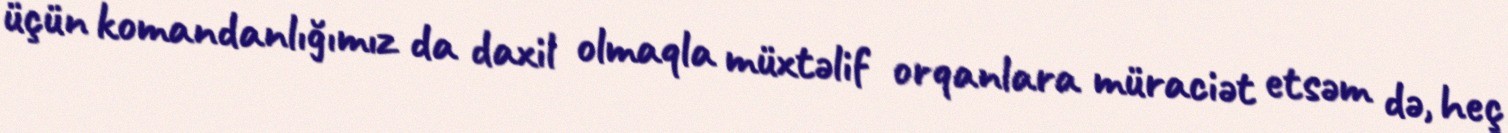
üçün komandanlığımız da daxil olmaqla müxtəlif orqanlara müraciət etsəm də, heç